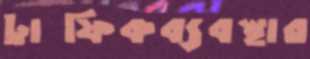
ট্রাফিকব্যবস্থার